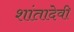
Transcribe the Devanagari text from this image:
शांतादेवी